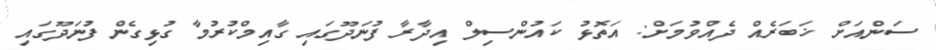
ސަންއަށް ޚަބަރެއް ދެއްވުމަށް: އަތޮޅު ކައުންސިލް އިދާރާ ފުނަދޫގައި ގާއިމްކުރުމާ ގުޅިގެން ފުނަދޫގައި